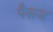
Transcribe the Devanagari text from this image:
पैसज